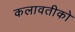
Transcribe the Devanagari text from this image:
कलावतीको